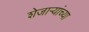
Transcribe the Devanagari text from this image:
शेजाऱ्यांच्या